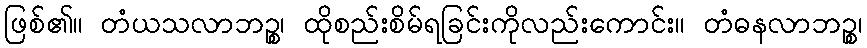
ဖြစ်၏။ တံယသလာဘဉ္စ၊ ထိုစည်းစိမ်ရခြင်းကိုလည်းကောင်း။ တံဓနလာဘဉ္စ၊